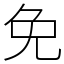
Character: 免